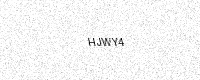
Text: HJWY4